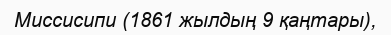
Миссисипи (1861 жылдың 9 қаңтары),